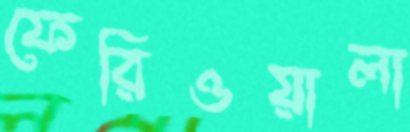
ফেরিওয়ালা